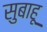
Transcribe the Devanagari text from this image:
सुबाहू